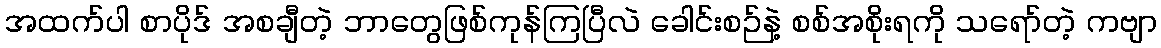
အထက်ပါ စာပိုဒ် အစချီတဲ့ ဘာတွေဖြစ်ကုန်ကြပြီလဲ ခေါင်းစဉ်နဲ့ စစ်အစိုးရကို သရော်တဲ့ ကဗျာ